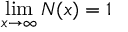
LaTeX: \operatorname* { l i m } _ { x \to \infty } N ( x ) = 1